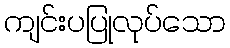
ကျင်းပပြုလုပ်သော